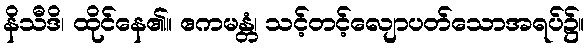
နိသီဒိ၊ ထိုင်နေ၏။ ဧကမန္တံ၊ သင့်တင့်လျောပတ်သောအရပ်၌။